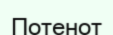
Потенот